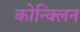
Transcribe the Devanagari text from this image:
कोन्क्लिन